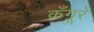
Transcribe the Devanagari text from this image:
कँगूरे